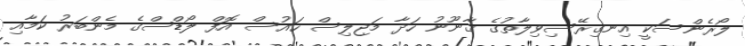
ލޯރެންސަކީ އިނގިރޭސިވިލާތުގެ ޤާނޫނު ހަދާ މަޖިލިސް ހައުސް އޮފް ލޯޑްސްގެ މެންބަރު ކަމާއި